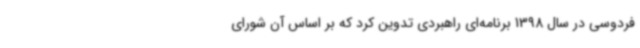
فردوسی در سال 1398 برنامه‌ای راهبردی تدوین کرد که بر اساس آن شورای